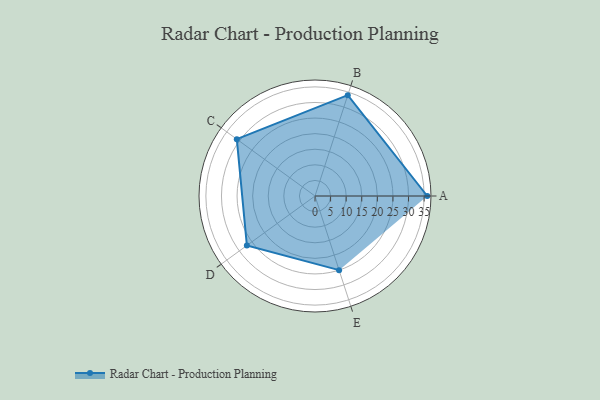
{"axis": {"x": "Skill", "y": "Score"}, "legend": ["Profile"], "data": [{"x": "A", "y": 36.0, "type": "Profile"}, {"x": "B", "y": 34.0, "type": "Profile"}, {"x": "C", "y": 31.0, "type": "Profile"}, {"x": "D", "y": 27.0, "type": "Profile"}, {"x": "E", "y": 25.0, "type": "Profile"}]}